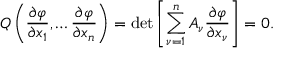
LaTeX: Q \left( { \frac { \partial \varphi } { \partial x _ { 1 } } } , \ldots { \frac { \partial \varphi } { \partial x _ { n } } } \right) = \operatorname* { d e t } \left[ \sum _ { \nu = 1 } ^ { n } A _ { \nu } { \frac { \partial \varphi } { \partial x _ { \nu } } } \right] = 0 .